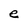
Character: e